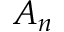
A _ { n }